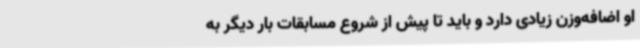
او اضافه‌وزن زیادی دارد و باید تا پیش از شروع مسابقات بار دیگر به